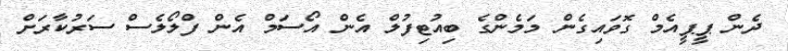
ދެން ޕީޕީއެމް ގޮވައިގެން މަމެންގެ ބިއުޓިފުލް އެން އޯސަމް އެން ފްލޯލެސް ސަރުކާރަށް